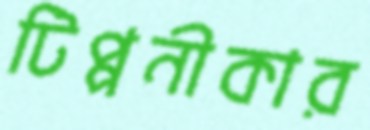
টিপ্পনীকার